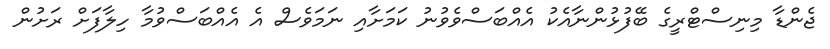
ޖެންޑާ މިނިސްޓްރީގެ ބޭފުޅުންނާއެކު އެއްބަސްވެވުނު ކަމަށާއި ނަމަވެސް އެ އެއްބަސްވުމާ ހިލާފަށް ރަށުން